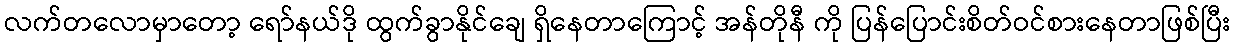
လက်တလောမှာတော့ ရော်နယ်ဒို ထွက်ခွာနိုင်ချေ ရှိနေတာကြောင့် အန်တိုနီ ကို ပြန်ပြောင်းစိတ်ဝင်စားနေတာဖြစ်ပြီး